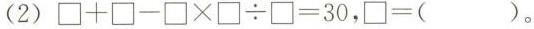
（2）$$\Box +\Box - \Box \times \Box \div \Box = 3 0$$，$$\Box =（）$$。